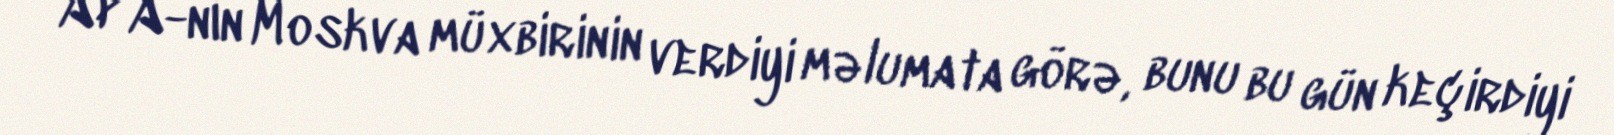
APA-nın Moskva müxbirinin verdiyi məlumata görə, bunu bu gün keçirdiyi